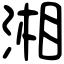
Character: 湘